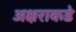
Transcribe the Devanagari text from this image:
अक्षराकडे